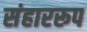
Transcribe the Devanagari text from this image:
संहाररूप